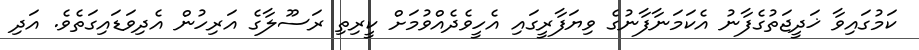
ކަމުގައިވާ ޚަދީޖަތުގެފާނު އެކަމަނާފާނުގެ ވިޔަފާރީގައި އެހީވެދެއްވުމަށް ކީރިތި ރަސޫލާގެ އަރިހުން އެދިވަޑައިގަތެވެ. އަދި